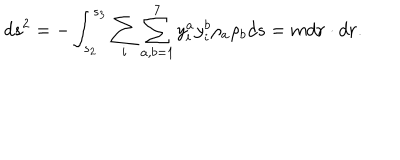
d s ^ { 2 } = - \int _ { s _ { 2 } } ^ { s _ { 3 } } \sum _ { i } \sum _ { a , b = 1 } ^ { 7 } { y } _ { i } ^ { a } { y } _ { i } ^ { b } \rho _ { a } \rho _ { b } d s = m d { \bf r } \cdot d { \bf r } .